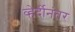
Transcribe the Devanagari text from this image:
व्हेर्दीनंतर